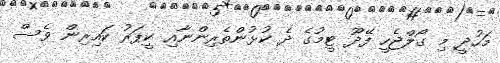
މަހުދީ މި ގޯލްޖެހީ ފޭދޫ ޓީމުގެ ދެ ކުޅުންތެރިންނާއި ކީޕަރު ކައިރިން ވެސް